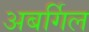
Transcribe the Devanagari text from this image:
अबर्गिल